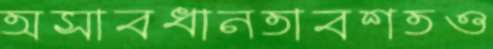
অসাবধানতাবশতও